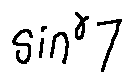
\sin ^ { \gamma } 7